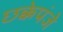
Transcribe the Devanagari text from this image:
छक्केपंजे